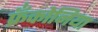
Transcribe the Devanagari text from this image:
फ्रँकोनिया